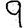
Digit: 9